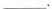
___ .